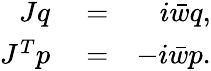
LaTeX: \begin{array}{rlr}{Jq}&{{}=}&{i\bar{w}q,}\\ {J^{T}p}&{{}=}&{-i\bar{w}p.}\end{array}